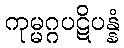
ကုမ္မဂ္ဂပဋိပန္နံ